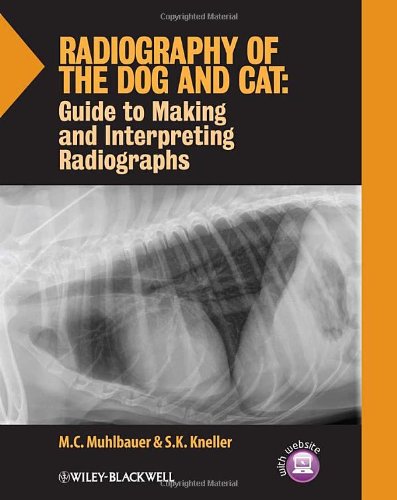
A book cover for Radiography of the Dog and Cat: Guide to Making and Interpreting Radiographs; M. C. Muhlbauer; Medical Books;